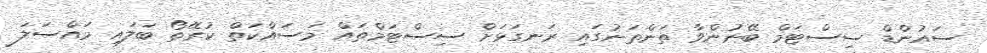
ސައުންޑް ސިސްޓަމް ބޭނުންވާ ތަންތަނުގައި ރަނގަޅަށް ސިސްޓަމްތައް މަސައްކަތް ކުރޭތޯ ބަލައި މައްސަލަ